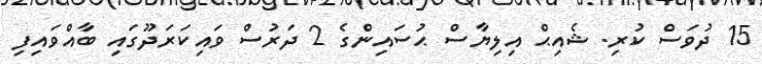
15 ދުވަސް ކުރި. ޝެއިޙް އިލިޔާސް ޙުސައިންގެ 2 ދަރުސް ވައިކަރަދޫގައި ބާއްވައިފި